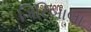
ગિરિબાલા